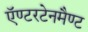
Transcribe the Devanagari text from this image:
ऍण्टरटेनमैण्ट